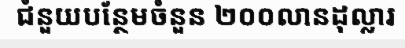
ជំនួយបន្ថែមចំនួន ២០០លានដុល្លារ